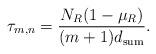
LaTeX: \begin{align*}\tau_{m,n}=\frac{N_R(1-\mu_R)}{(m+1)d_{\textrm{sum}}}.\end{align*}